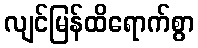
လျင်မြန်ထိရောက်စွာ